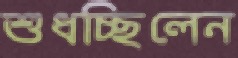
শুধচ্ছিলেন